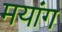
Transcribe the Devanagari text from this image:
मयांग